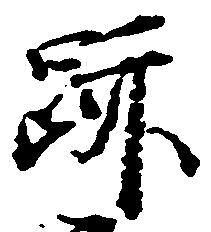
跡